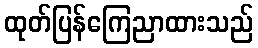
ထုတ်ပြန်ကြေညာထားသည်